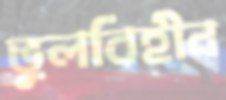
ভুলবিহীন